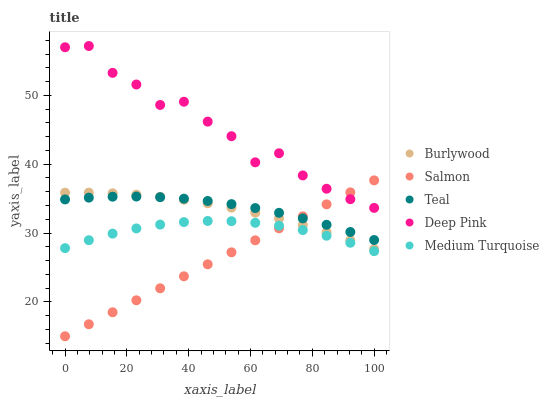
| xaxis_label | Burlywood | Salmon | Teal | Deep Pink | Medium Turquoise |
 | --- | --- | --- | --- | --- | --- |
 | 0 | 35.9 | 15 | 34.9 | 57 | 27.8 |
 | 7.69 | 35.9 | 16.7 | 35.1 | 57.2 | 29 |
 | 15.4 | 35.8 | 18.5 | 35.3 | 53.3 | 29.9 |
 | 23.1 | 35.6 | 20.2 | 35.3 | 51.6 | 30.7 |
 | 30.8 | 35.3 | 22 | 35.2 | 48.6 | 31.2 |
 | 38.5 | 34.8 | 23.7 | 35 | 49.1 | 31.6 |
 | 46.2 | 34.3 | 25.5 | 34.7 | 46.2 | 31.8 |
 | 53.8 | 33.7 | 27.2 | 34.2 | 44.1 | 31.7 |
 | 61.5 | 33 | 28.9 | 33.6 | 40.3 | 31.5 |
 | 69.2 | 32.1 | 30.7 | 32.9 | 41.6 | 31.1 |
 | 76.9 | 31.2 | 32.4 | 32.1 | 38.4 | 30.4 |
 | 84.6 | 30.1 | 34.2 | 31.2 | 36.4 | 29.6 |
 | 92.3 | 28.9 | 35.9 | 30.2 | 34.9 | 28.6 |
 | 100 | 27.7 | 37.7 | 29 | 33.6 | 27.4 |